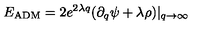
E _ { \mathrm { A D M } } = 2 e ^ { 2 \lambda q } ( \partial _ { q } \psi + \lambda \rho ) | _ { q \to \infty }